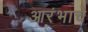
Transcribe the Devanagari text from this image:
आरंभाचे